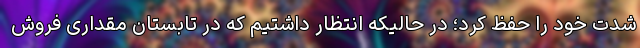
شدت خود را حفظ کرد؛ در حالیکه انتظار داشتیم که در تابستان مقداری فروش